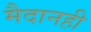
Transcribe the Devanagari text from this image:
मैदानही